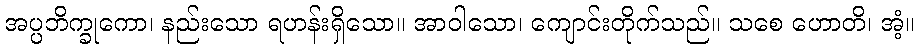
အပ္ပဘိက္ခုကော၊ နည်းသော ရဟန်းရှိသော။ အာဝါသော၊ ကျောင်းတိုက်သည်။ သစေ ဟောတိ၊ အံ့။